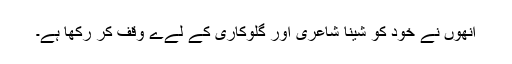
انھوں نے خود کو شینا شاعری اور گلوکاری کے لےے وقف کر رکھا ہے۔